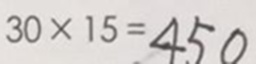
3 0 \times 1 5 = 4 5 0